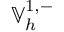
\mathbb { V } _ { h } ^ { 1 , - }